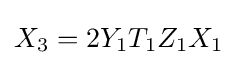
X_{3}=2Y_{1}T_{1}Z_{1}X_{1}